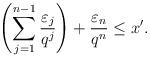
LaTeX: \begin{align*}\left(\sum_{j=1}^{n-1} \frac{\varepsilon_j}{q^j} \right)+ \frac{\varepsilon_{n}}{q^{n}} \le x'. \end{align*}